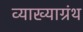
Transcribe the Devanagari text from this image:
व्याख्याग्रंथ